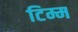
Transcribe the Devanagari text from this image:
टिम्म